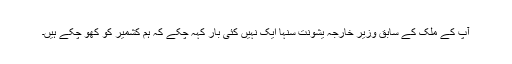
آپ کے ملک کے سابق وزیر خارجہ یشونت سنہا ایک نہیں کئی بار کہہ چکے کہ ہم کشمیر کو کھو چکے ہیں۔